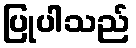
ပြုပါသည်